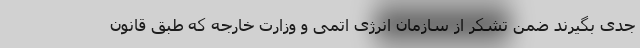
جدی بگیرند ضمن تشکر از سازمان انرژی اتمی و وزارت خارجه که طبق قانون